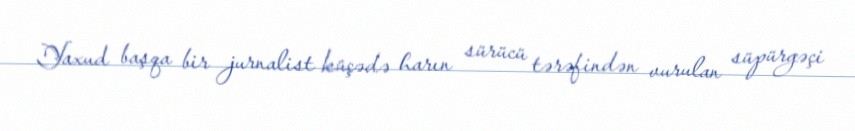
Yaxud başqa bir jurnalist küçədə harın sürücü tərəfindən vurulan süpürgəçi